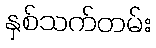
နှစ်သက်တမ်း